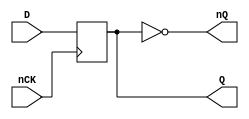
// This program was cloned from: https://github.com/furrtek/Arcade-TMNT_MiSTer
// License: GNU General Public License v2.0

// Fujitsu AV cell
// Power DFF
// furrtek 2022

`timescale 1ns/100ps

module FD2(
	input nCK,
	input D,
	output reg Q,
	output nQ
);

	always @(negedge nCK)
		Q <= #1 D;	// tmax = 4.9ns
	
	assign nQ = ~Q;

endmodule